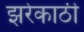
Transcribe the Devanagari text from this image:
झरेकाठी